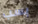
بسب